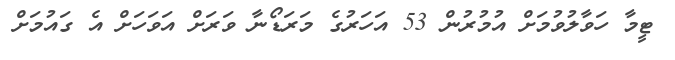
ޓީމާ ހަވާލުވުމަށް އުމުރުން 53 އަހަރުގެ މަރަޑޯނާ ވަރަށް އަވަހަށް އެ ގައުމަށް